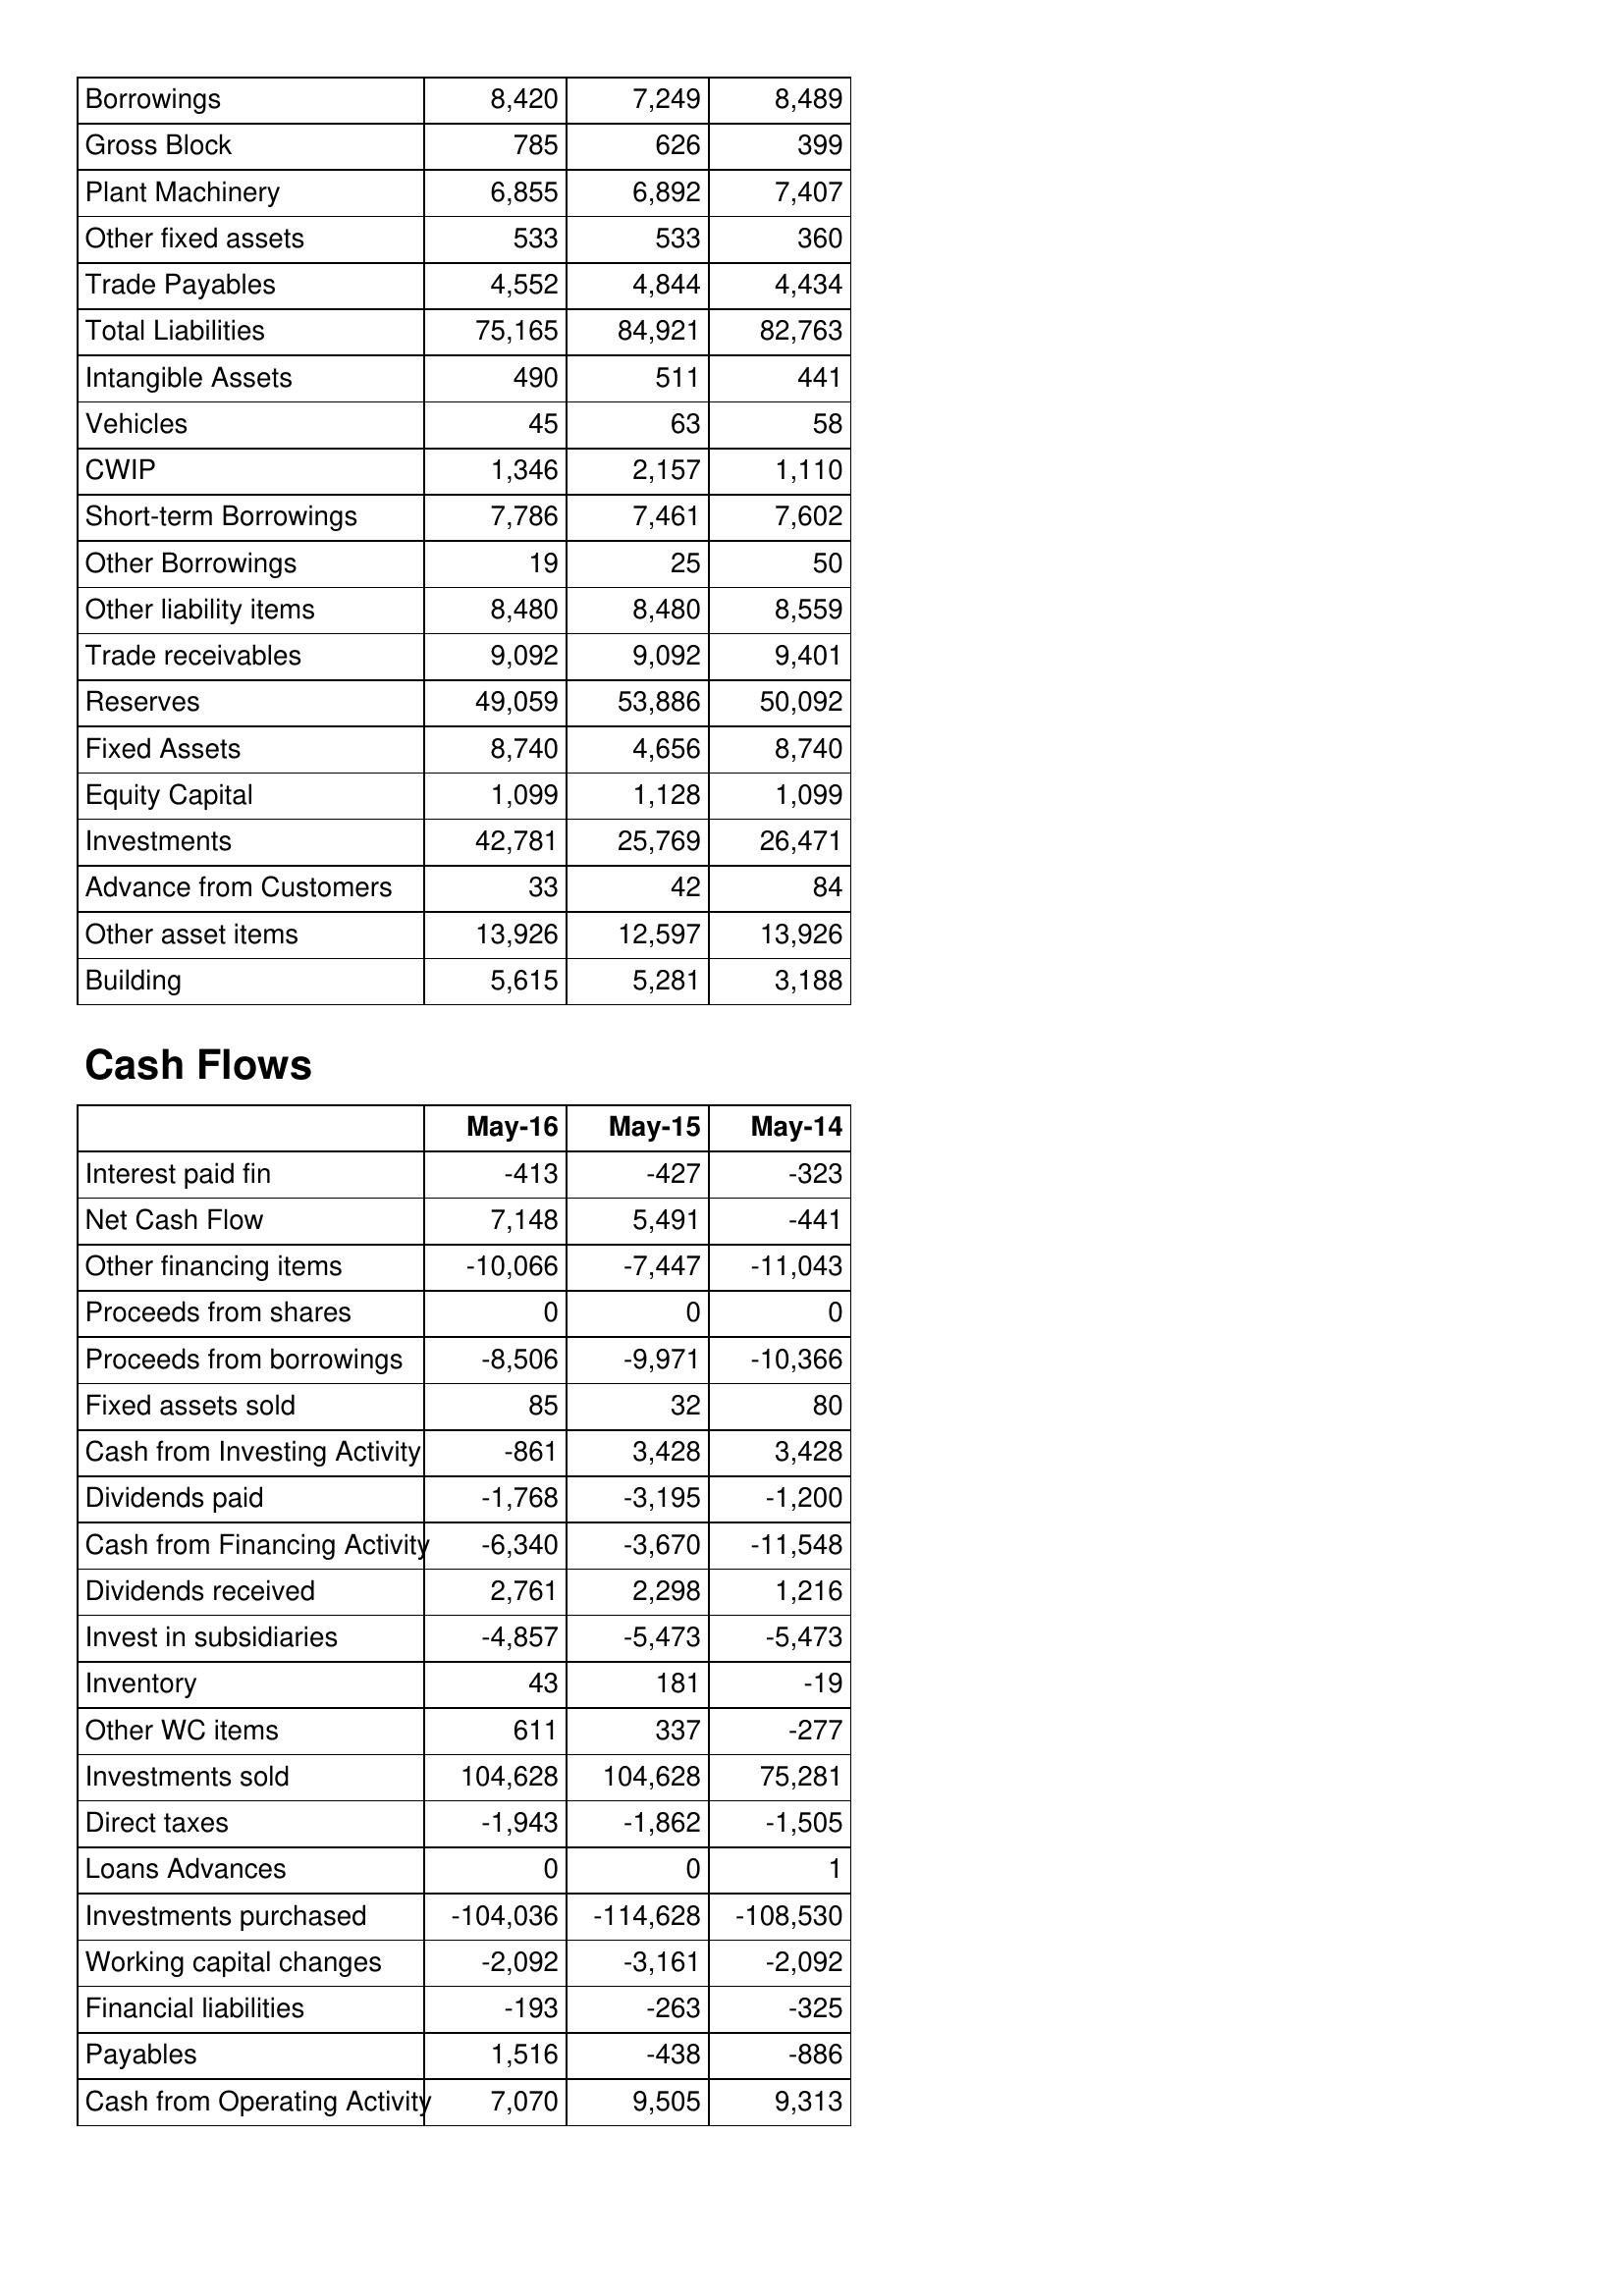
May-16: Balance Sheet: Borrowings: 8,420
Gross Block: 785
Plant Machinery: 6,855
Other fixed assets: 533
Trade Payables: 4,552
Total Liabilities: 75,165
Intangible Assets: 490
Vehicles: 45
CWIP: 1,346
Short-term Borrowings: 7,786
Other Borrowings: 19
Other liability items: 8,480
Trade receivables: 9,092
Reserves: 49,059
Fixed Assets: 8,740
Equity Capital: 1,099
Investments: 42,781
Advance from Customers: 33
Other asset items: 13,926
Building: 5,615
Cash Flows: Interest paid fin: -413
Net Cash Flow: 7,148
Other financing items: -10,066
Proceeds from shares: 0
Proceeds from borrowings: -8,506
Fixed assets sold: 85
Cash from Investing Activity: -861
Dividends paid: -1,768
Cash from Financing Activity: -6,340
Dividends received: 2,761
Invest in subsidiaries: -4,857
Inventory: 43
Other WC items: 611
Investments sold: 104,628
Direct taxes: -1,943
Loans Advances: 0
Investments purchased: -104,036
Working capital changes: -2,092
Financial liabilities: -193
Payables: 1,516
Cash from Operating Activity: 7,070
May-15: Balance Sheet: Borrowings: 7,249
Gross Block: 626
Plant Machinery: 6,892
Other fixed assets: 533
Trade Payables: 4,844
Total Liabilities: 84,921
Intangible Assets: 511
Vehicles: 63
CWIP: 2,157
Short-term Borrowings: 7,461
Other Borrowings: 25
Other liability items: 8,480
Trade receivables: 9,092
Reserves: 53,886
Fixed Assets: 4,656
Equity Capital: 1,128
Investments: 25,769
Advance from Customers: 42
Other asset items: 12,597
Building: 5,281
Cash Flows: Interest paid fin: -427
Net Cash Flow: 5,491
Other financing items: -7,447
Proceeds from shares: 0
Proceeds from borrowings: -9,971
Fixed assets sold: 32
Cash from Investing Activity: 3,428
Dividends paid: -3,195
Cash from Financing Activity: -3,670
Dividends received: 2,298
Invest in subsidiaries: -5,473
Inventory: 181
Other WC items: 337
Investments sold: 104,628
Direct taxes: -1,862
Loans Advances: 0
Investments purchased: -114,628
Working capital changes: -3,161
Financial liabilities: -263
Payables: -438
Cash from Operating Activity: 9,505
May-14: Balance Sheet: Borrowings: 8,489
Gross Block: 399
Plant Machinery: 7,407
Other fixed assets: 360
Trade Payables: 4,434
Total Liabilities: 82,763
Intangible Assets: 441
Vehicles: 58
CWIP: 1,110
Short-term Borrowings: 7,602
Other Borrowings: 50
Other liability items: 8,559
Trade receivables: 9,401
Reserves: 50,092
Fixed Assets: 8,740
Equity Capital: 1,099
Investments: 26,471
Advance from Customers: 84
Other asset items: 13,926
Building: 3,188
Cash Flows: Interest paid fin: -323
Net Cash Flow: -441
Other financing items: -11,043
Proceeds from shares: 0
Proceeds from borrowings: -10,366
Fixed assets sold: 80
Cash from Investing Activity: 3,428
Dividends paid: -1,200
Cash from Financing Activity: -11,548
Dividends received: 1,216
Invest in subsidiaries: -5,473
Inventory: -19
Other WC items: -277
Investments sold: 75,281
Direct taxes: -1,505
Loans Advances: 1
Investments purchased: -108,530
Working capital changes: -2,092
Financial liabilities: -325
Payables: -886
Cash from Operating Activity: 9,313